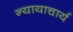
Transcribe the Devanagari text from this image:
न्यायाचार्य